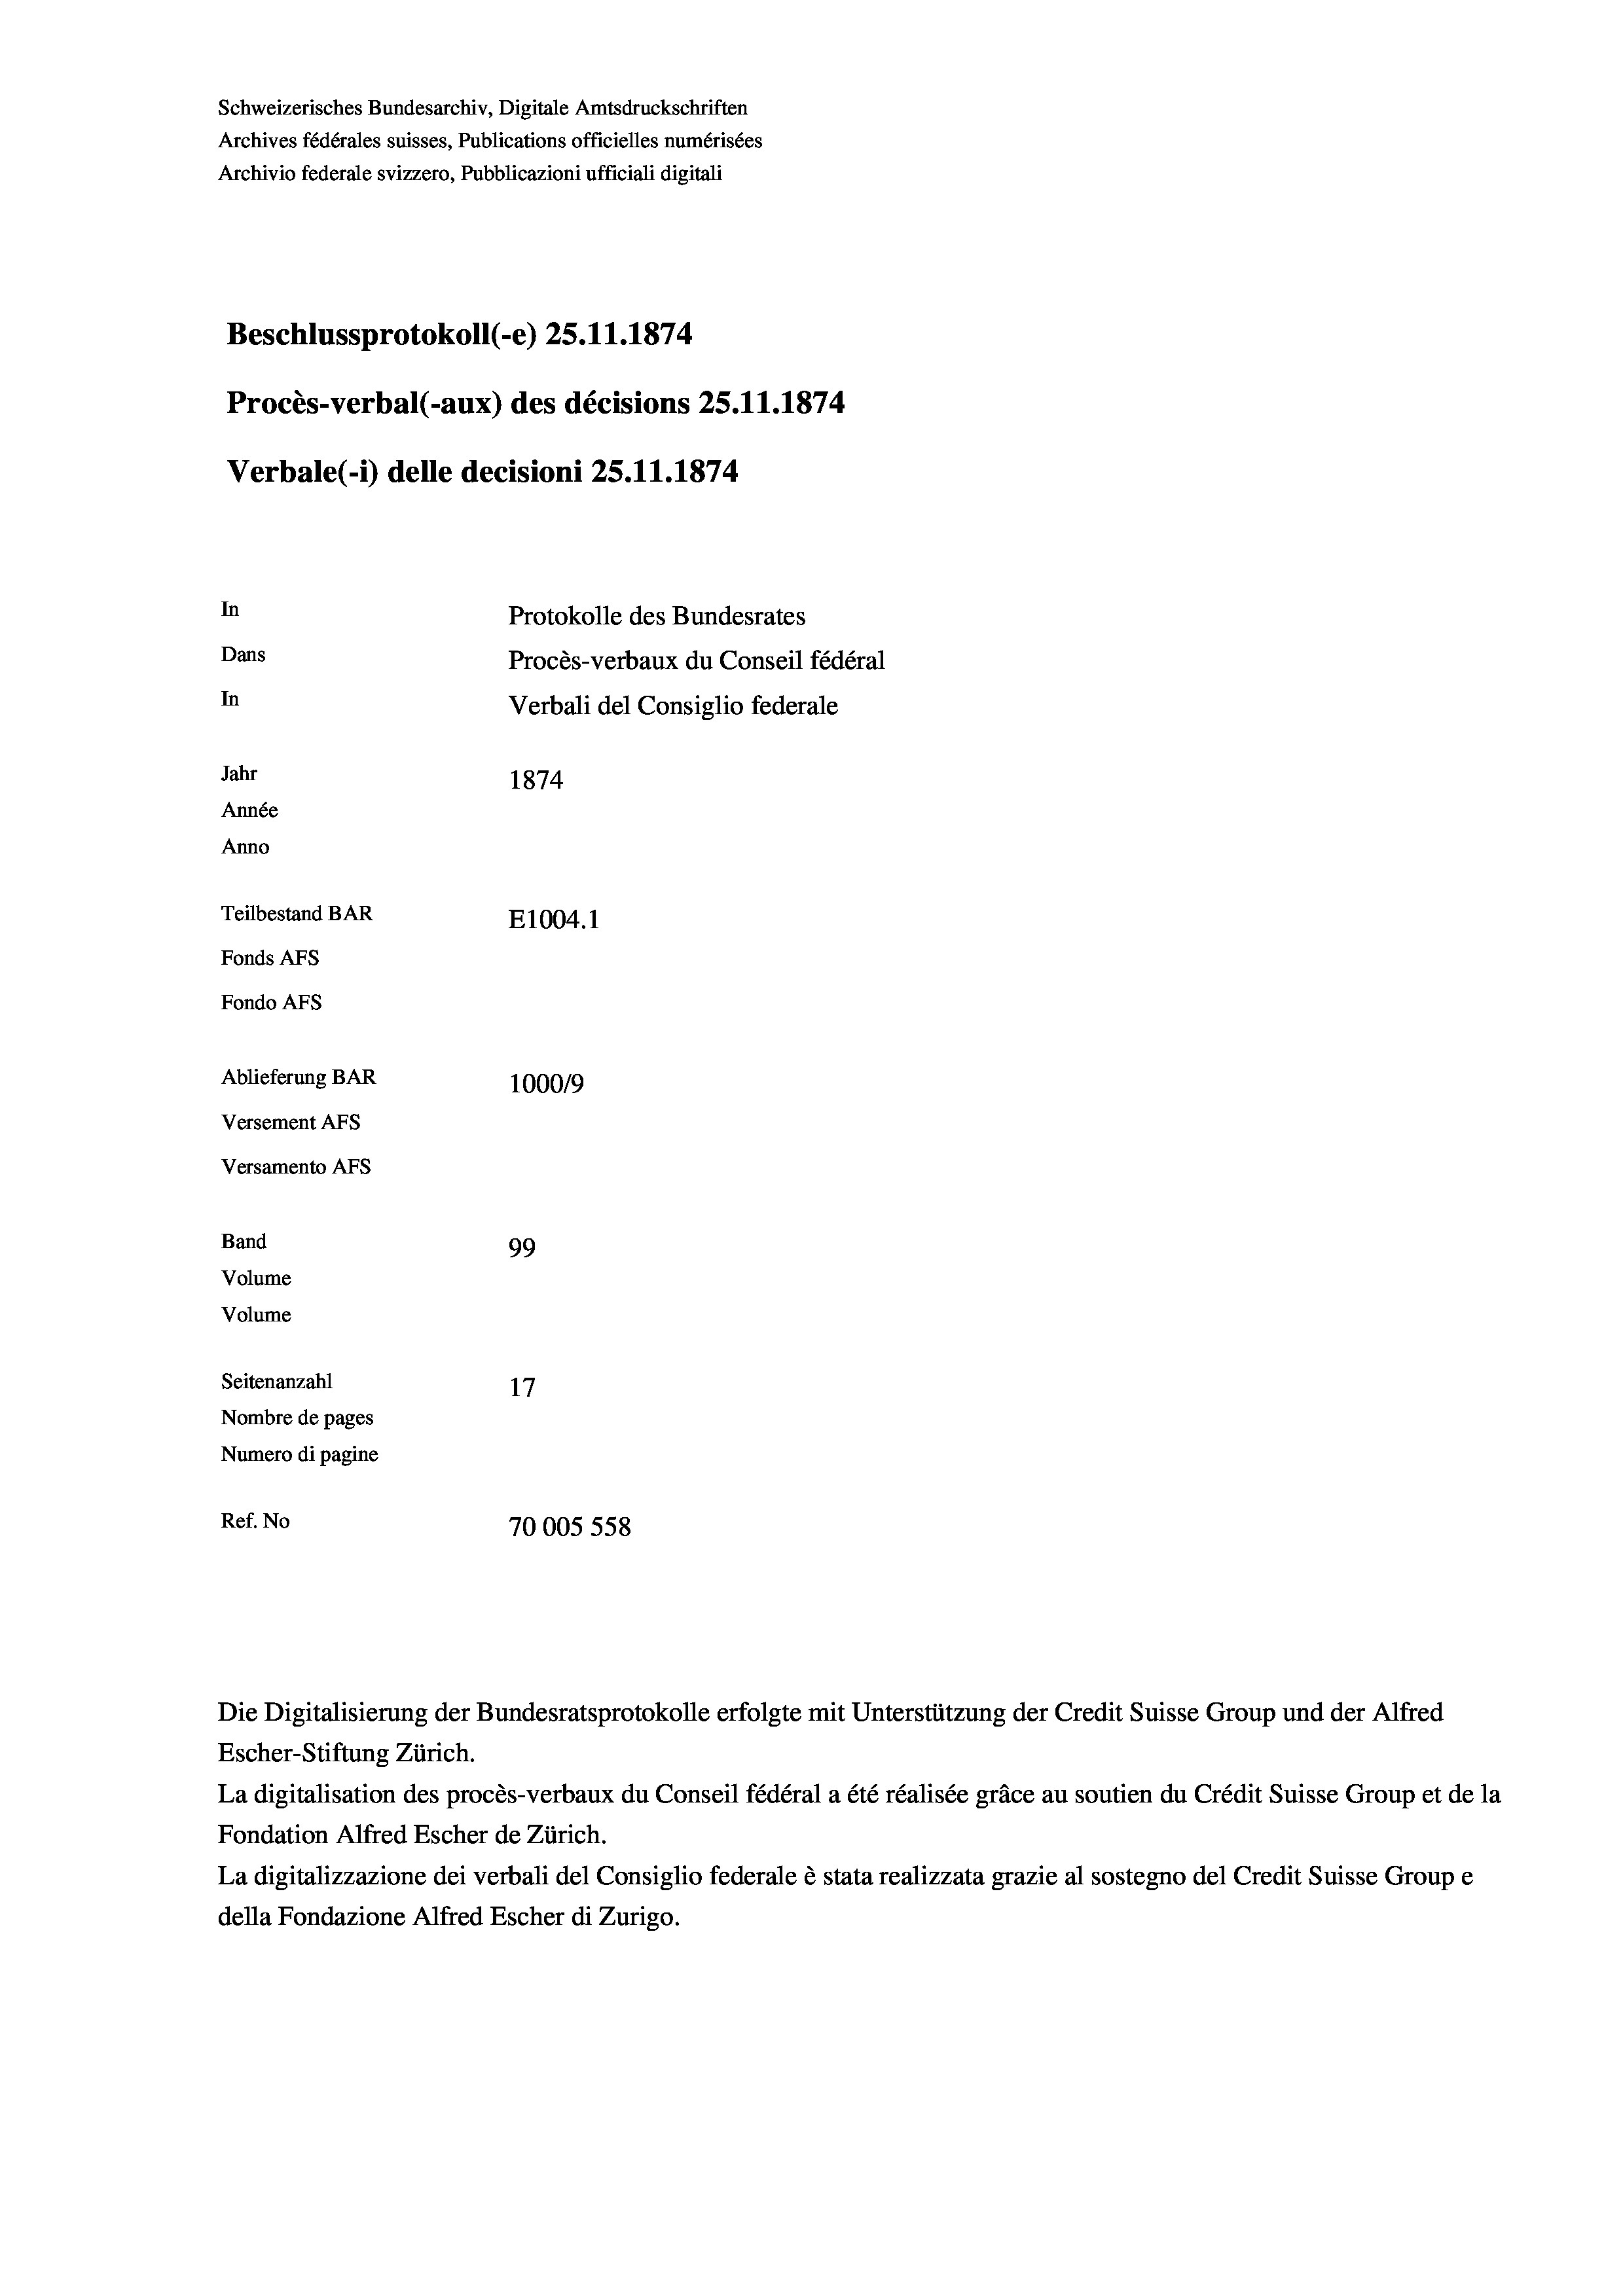
Schweizerisches Bundesarchiv, Digitale Amtsdruckschriften
Archives fédérales suisses, Publications officielles numérisées
Archivio federale svizzero, Pubblicazioni ufficiali digitali
Beschlussprotokoll (-e) 25.11.1874
Procès-verbal (-aux) des décisions 25.11.1874
Verbale (- 1) delle decisioni 25.11.1874.
In
Protokolle des Bundesrates
Dans
Procès-verbaux du Conseil fédéral
In
Verbali del Consiglio federale
Jahr
1874
Année
Anno
Teilbestand BAR
E1004. 1
Fonds Afs
Fondo AFs
Ablieferung BAR
1000/9
Versement Abs
Versamento Afs
Band
99
Volume
Volume
Seitenanzahl
17
Nombre de pages
Numero di pagine
Ref. No
70005 558

Die Digitalisierung der Bundesratsprotokolle erfolgte mit Unterstützung der Credit Suisse Group und der Alfred
Escher-Stiftung Zürich.
La digitalisation des procès-verbaux du Conseil fédéral a été réalisée gräce au soutien du Crédit Suisse Group et de la
Fondation Alfred Escher de Zürich.
La digitalizzazione dei verbali del Consiglio federale è stata realizzata grazie al sostegno del Credit Suisse Groupe
della Fondazione Alfred Escher di Zurigo.